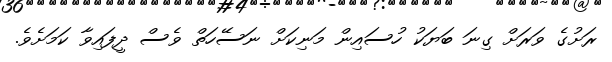
ރަށުގެ ވަރަށް ގިނަ ބަޔަކު ހުސައިން މަނިކަށް ނަސޭހަތް ވެސް ދީފައިވާ ކަމަށެވެ.